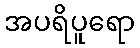
အပရိပူရော